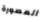
المصورة